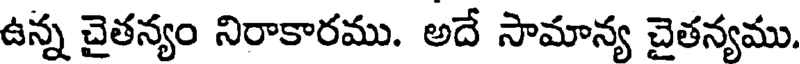
ఉన్న చైతన్యం నిరాకారము. అదే సామాన్య చైతన్యము.